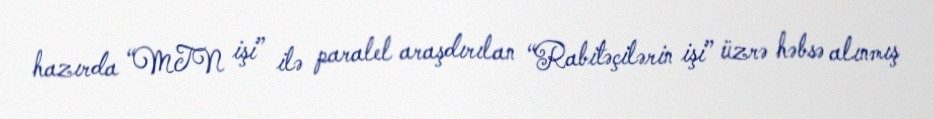
hazırda “MTN işi” ilə paralel araşdırılan “Rabitəçilərin işi” üzrə həbsə alınmış